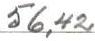
56,42